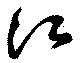
江